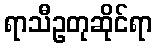
ရာသီဥတုဆိုင်ရာ